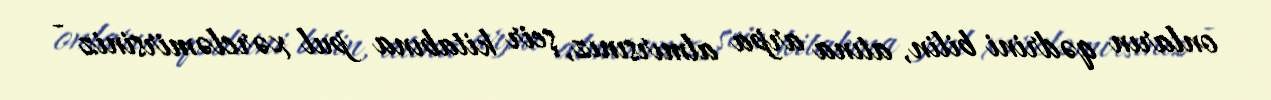
onların qədrini bilin, atına arpa almırsınız, şeir kitabına pul xərcləmirsiniz -